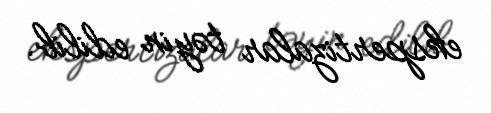
ekspertizalar təyin edilib.